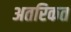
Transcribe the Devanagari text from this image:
अतरिकत